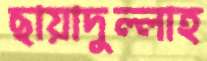
ছায়াদুল্লাহ